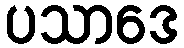
ပသာဒေ